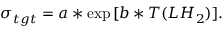
\sigma _ { t g t } = a * \exp { [ b * T ( L H _ { 2 } ) ] } .